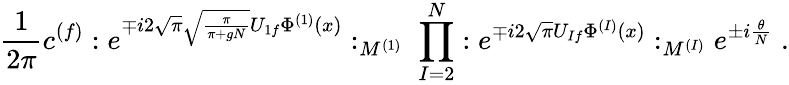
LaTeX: \frac{1}{2\pi}c^{(f)}:e^{\mp i2\sqrt{\pi}\sqrt{\frac{\pi}{\pi+gN}}U_{1f}\Phi^{(1)}(x)}:_{M^{(1)}}\; \prod_{I=2}^{N}:e^{\mp i2\sqrt{\pi}U_{If}\Phi^{(I)}(x)}:_{M^{(I)}}e^{\pm i\frac{\theta}{N}}\; .